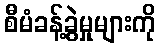
စီမံခန့်ခွဲမှုများကို